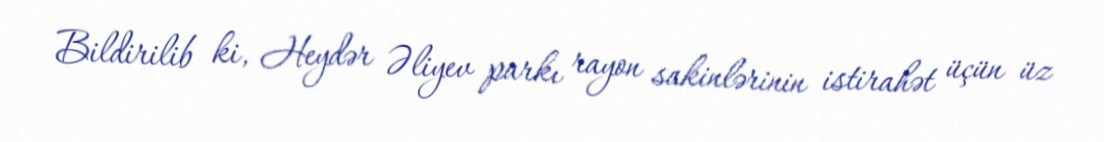
Bildirilib ki, Heydər Əliyev parkı rayon sakinlərinin istirahət üçün üz